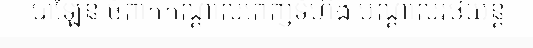
បាឡែន ចំពាក់កណ្តាលពេញទំហឹង បណ្តាលរថយន្ត